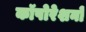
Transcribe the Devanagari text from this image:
कॉपोरेशनों